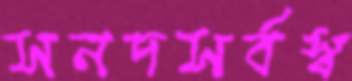
সনদসর্বস্ব